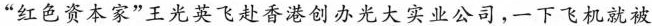
”红色资本家”王光英飞赴香港创办光大实业公司，-下飞机就被